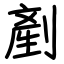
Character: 剷